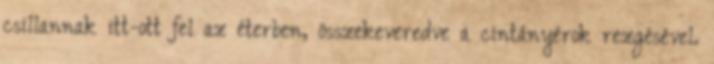
csillannak itt-ott fel az éterben, összekeveredve a cintányérok rezgésével.